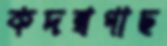
কদম্বগাছ